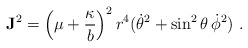
\begin{align*}{\bf J}^2 = \left(\mu + {\kappa \over b}\right)^2 r^4 (\dot\theta^2 + \sin^2 \theta\, \dot\phi^2) \, \,.\end{align*}